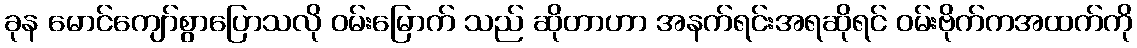
ခုန မောင်ကျော်စွာပြောသလို ဝမ်းမြောက် သည် ဆိုတာဟာ အနက်ရင်းအရဆိုရင် ဝမ်းဗိုက်ကအထက်ကို